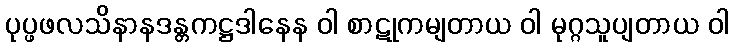
ပုပ္ဖဖလသိနာနဒန္တကဋ္ဌဒါနေန ဝါ စာဋုကမျတာယ ဝါ မုဂ္ဂသူပျတာယ ဝါ